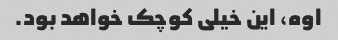
اوه، این خیلی کوچک خواهد بود.